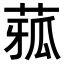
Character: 𦴉